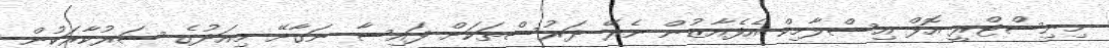
މިނިސްޓްރީ އޮފް އިސްލާމިކް އެފެއާޒުން ނެރޭ ދަރުސްތަކަށް ފައިސާ ނަގާށޭ މިއަދުގެ ސަރުކާރަކުން